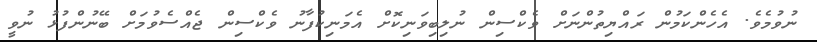
ނުވުމެވެ. އެހެންކަމުން ރައްޔިތުންނަށް ވެކްސިން ނުލިބިވަނިކޮށް އެމަނިކުފާނު ވެކްސިން ޖެއްސެވުމަށް ބޭނުންފުޅު ނުވީ